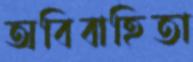
অবিবাহিতা